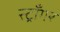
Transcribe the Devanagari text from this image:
स्ट्राँगर